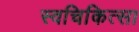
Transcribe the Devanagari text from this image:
स्वचिकित्सा